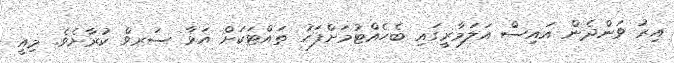
އިރު ވަންދެން އައިސް އަލަމާރީގައި ބެހެއްޓުމަށްފަހު ތައްޓަކަށް އަޅާ ސަރވް ކުރާށެވެ. މިއީ